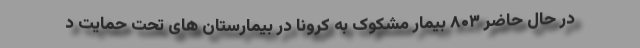
در حال حاضر ۸۰۳ بیمار مشکوک به کرونا در بیمارستان های تحت حمایت د